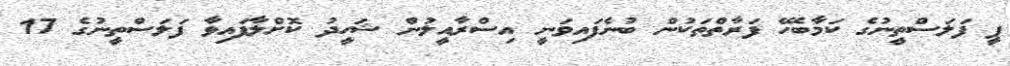
ޕީ ފަލަސްތީނުގެ ކަމާބެހޭ ފަރާތްތަކުން ބުނެފައިވަނީ އިސްރާއީލުން ޝަހީދު ކޮށްލާފައިވާ ފަލަސްތީނުގެ 17